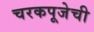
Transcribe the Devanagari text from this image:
चरकपूजेची